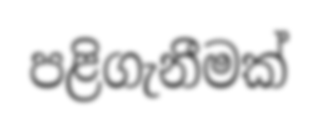
පළිගැනීමක්